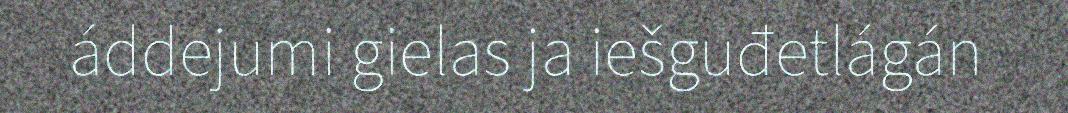
áddejumi gielas ja iešguđetlágán